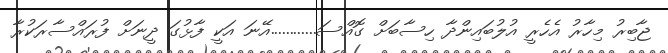
ޖާބިރު މިހާރު އެހެރީ އުލުބައިންދާ ހިސާބަށް ގޮއްސަ............އޭނަ އަކީ ފާޅުގަ ދީނަށް ފުރައްސާރަކުރާ